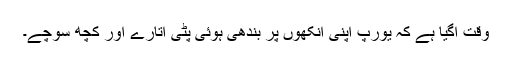
وقت آگیا ہے کہ یورپ اپنی آنکھوں پر بندھی ہوئی پٹی اتارے اور کچھ سوچے۔